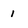
Character: 1